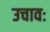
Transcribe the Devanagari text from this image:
उचावः